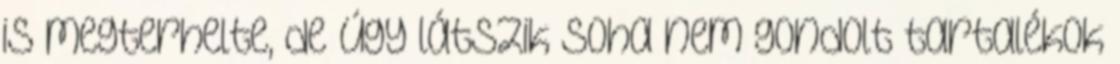
is megterhelte, de úgy látszik soha nem gondolt tartalékok